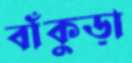
বাঁকুড়া